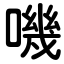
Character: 嘰